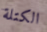
الكتلة